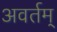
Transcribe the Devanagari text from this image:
अवर्तम्